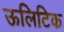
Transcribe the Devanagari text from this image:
ऊलिटिक